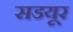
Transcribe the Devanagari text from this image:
सडयूर